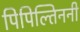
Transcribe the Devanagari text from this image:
पिपिल्तिननी